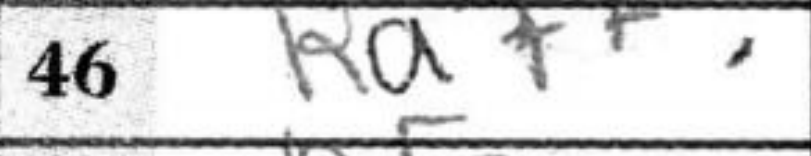
Transcription: Ra7+